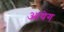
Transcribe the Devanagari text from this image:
आयेग